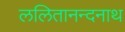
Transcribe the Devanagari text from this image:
ललितानन्दनाथ